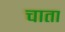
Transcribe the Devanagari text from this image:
चाता